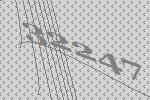
32247